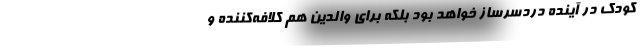
کودک در آینده دردسرساز خواهد بود بلکه برای والدین هم کلافه‌کننده و